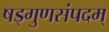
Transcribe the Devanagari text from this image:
षड्गुणसंपदम्‌